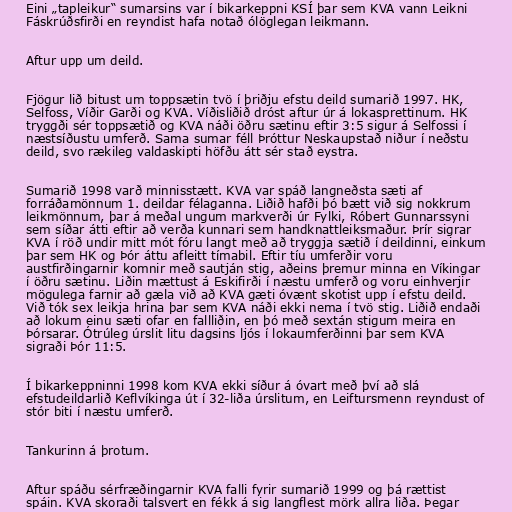
Eini „tapleikur“ sumarsins var í bikarkeppni KSÍ þar sem KVA vann Leikni
Fáskrúðsfirði en reyndist hafa notað ólöglegan leikmann.

Aftur upp um deild.

Fjögur lið bitust um toppsætin tvö í þriðju efstu deild sumarið 1997. HK,
Selfoss, Víðir Garði og KVA. Víðisliðið dróst aftur úr á lokasprettinum. HK
tryggði sér toppsætið og KVA náði öðru sætinu eftir 3:5 sigur á Selfossi í
næstsíðustu umferð. Sama sumar féll Þróttur Neskaupstað niður í neðstu
deild, svo rækileg valdaskipti höfðu átt sér stað eystra.

Sumarið 1998 varð minnisstætt. KVA var spáð langneðsta sæti af
forráðamönnum 1. deildar félaganna. Liðið hafði þó bætt við sig nokkrum
leikmönnum, þar á meðal ungum markverði úr Fylki, Róbert Gunnarssyni
sem síðar átti eftir að verða kunnari sem handknattleiksmaður. Þrír sigrar
KVA í röð undir mitt mót fóru langt með að tryggja sætið í deildinni, einkum
þar sem HK og Þór áttu afleitt tímabil. Eftir tíu umferðir voru
austfirðingarnir komnir með sautján stig, aðeins þremur minna en Víkingar
í öðru sætinu. Liðin mættust á Eskifirði í næstu umferð og voru einhverjir
mögulega farnir að gæla við að KVA gæti óvænt skotist upp í efstu deild.
Við tók sex leikja hrina þar sem KVA náði ekki nema í tvö stig. Liðið endaði
að lokum einu sæti ofar en fallliðin, en þó með sextán stigum meira en
Þórsarar. Ótrúleg úrslit litu dagsins ljós í lokaumferðinni þar sem KVA
sigraði Þór 11:5.

Í bikarkeppninni 1998 kom KVA ekki síður á óvart með því að slá
efstudeildarlið Keflvíkinga út í 32-liða úrslitum, en Leiftursmenn reyndust of
stór biti í næstu umferð.

Tankurinn á þrotum.

Aftur spáðu sérfræðingarnir KVA falli fyrir sumarið 1999 og þá rættist
spáin. KVA skoraði talsvert en fékk á sig langflest mörk allra liða. Þegar